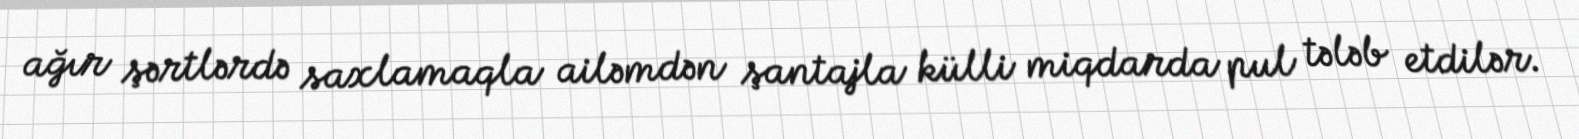
ağır şərtlərdə saxlamaqla ailəmdən şantajla külli miqdarda pul tələb etdilər.